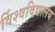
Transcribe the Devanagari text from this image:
र्विश्वविद्यालय